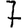
Digit: 7